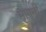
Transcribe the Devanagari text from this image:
मागनी